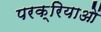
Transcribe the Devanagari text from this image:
परक्रियाओं